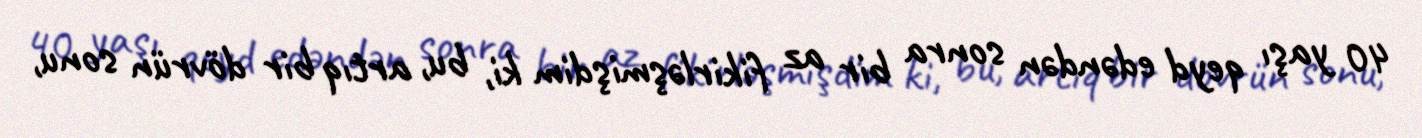
40 yaşı qeyd edəndən sonra bir az fikirləşmişdim ki, bu, artıq bir dövrün sonu,